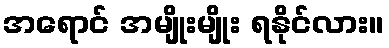
အရောင် အမျိုးမျိုး ရနိုင်လား။